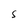
Character: s